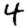
Digit: 4